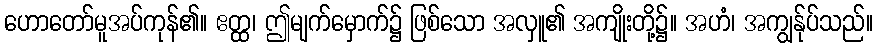
ဟောတော်မူအပ်ကုန်၏။ ဧတ္ထ၊ ဤမျက်မှောက်၌ ဖြစ်သော အလှူ၏ အကျိုးတို့၌။ အဟံ၊ အကျွန်ုပ်သည်။